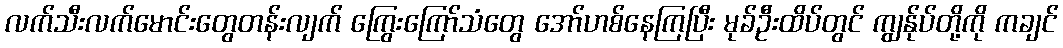
လက်သီးလက်မောင်းတွေတန်းလျက် ကြွေးကြော်သံတွေ အော်ဟစ်နေကြပြီး မုခ်ဦးထိပ်တွင် ကျွန်ုပ်တို့ကို ကချင်